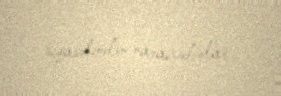
siyasətindən narazıdırlar.